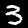
Digit: 3